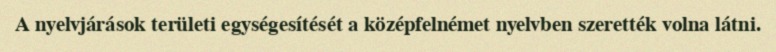
A nyelvjárások területi egységesítését a középfelnémet nyelvben szerették volna látni.